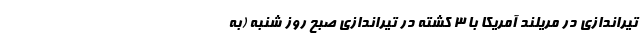
تیراندازی در مریلند آمریکا با 3 کشته در تیراندازی صبح روز شنبه (به